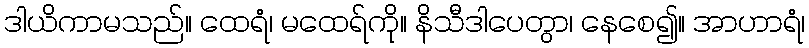
ဒါယိကာမသည်။ ထေရံ၊ မထေရ်ကို။ နိသီဒါပေတွာ၊ နေစေ၍။ အာဟာရံ၊